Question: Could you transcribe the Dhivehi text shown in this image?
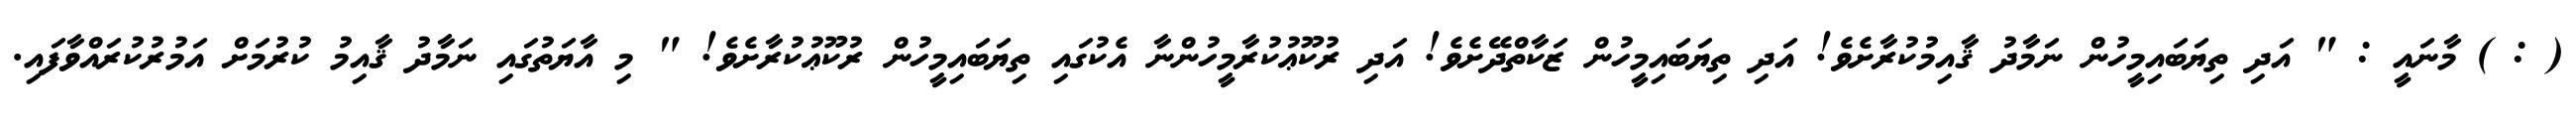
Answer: ( : ) މާނައީ : " އަދި ތިޔަބައިމީހުން ނަމާދު ޤާއިމުކުރާށެވެ! އަދި ތިޔަބައިމީހުން ޒަކާތްދޭށެވެ! އަދި ރުކޫޢުކުރާމީހުންނާ އެކުގައި ތިޔަބައިމީހުން ރުކޫޢުކުރާށެވެ! " މި އާޔަތުގައި ނަމާދު ޤާއިމު ކުރުމަށް އަމުރުކުރައްވާފައި.